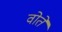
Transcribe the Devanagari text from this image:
वोते